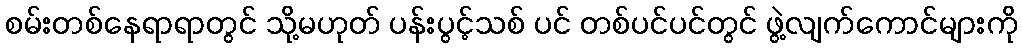
စမ်းတစ်နေရာရာတွင် သို့မဟုတ် ပန်းပွင့်သစ် ပင် တစ်ပင်ပင်တွင် ဖွဲ့လျက်ကောင်များကို